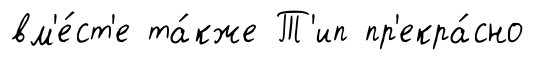
вм'е́ст'е та́кже Т'ип пр'екра́сно